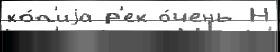
ко́п'иjа р'ек о́чень Н